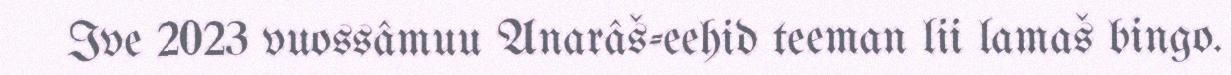
Ive 2023 vuossâmuu Anarâš-eehid teeman lii lamaš bingo.